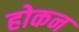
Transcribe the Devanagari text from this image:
होकन